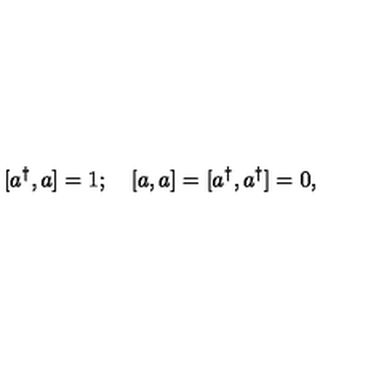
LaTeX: \lbrack a ^ { \dagger } , a ] = 1 ; \quad \left[ a , a \right] = [ a ^ { \dagger } , a ^ { \dagger } ] = 0 ,